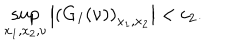
LaTeX: \sup _ { x _ { 1 } , x _ { 2 } , \nu } \left| \left( G _ { I } ( \nu ) \right) _ { x _ { 1 } , x _ { 2 } } \right| < c _ { 2 } .